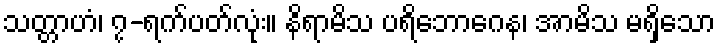
သတ္တာဟံ၊ ၇-ရက်ပတ်လုံး။ နိရာမိသ ပရိဘောဂေန၊ အာမိသ မရှိသော